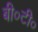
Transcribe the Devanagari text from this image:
बी०टी०